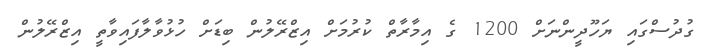
ގުދުސްގައި ޔަހޫދީންނަށް 1200 ގެ އިމާރާތް ކުރުމަށް އިޒްރޭލުން ބިޑަށް ހުޅުވާލާފައިވާތީ އިޒްރޭލުން